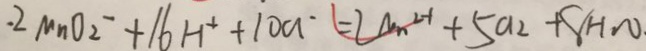
. 2 M n O _ { 2 ^ { - } } + 1 6 H ^ { + } + 1 0 a ^ { - } = 2 a _ { n } ^ { 2 - 1 } + 5 a _ { 2 } + 8 H _ { 2 } O .